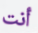
أنت